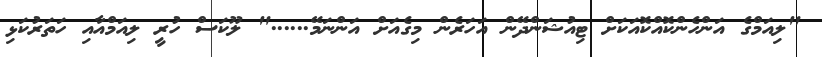
"ލިއަމްގެ އަންހެންކޮއްކޮއަކަށް ޓިއުޝަންދޭން އަހަރެން މިގެއަށް އަންނަމޭ......" ލޫކަސް ހުރީ ލިއަމްއާއި ހަތަރުކަޅި